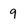
Character: 9